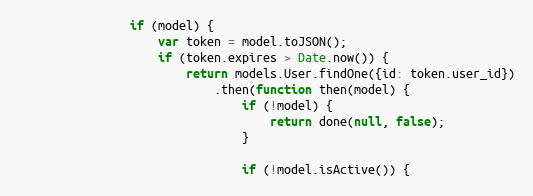
Language: JavaScript
                if (model) {
                    var token = model.toJSON();
                    if (token.expires > Date.now()) {
                        return models.User.findOne({id: token.user_id})
                            .then(function then(model) {
                                if (!model) {
                                    return done(null, false);
                                }

                                if (!model.isActive()) {